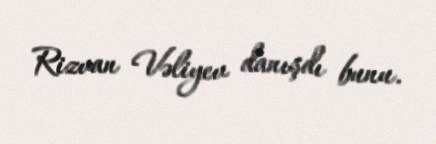
Rizvan Vəliyev danışdı bunu.